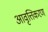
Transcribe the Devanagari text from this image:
आवृत्तिकरण